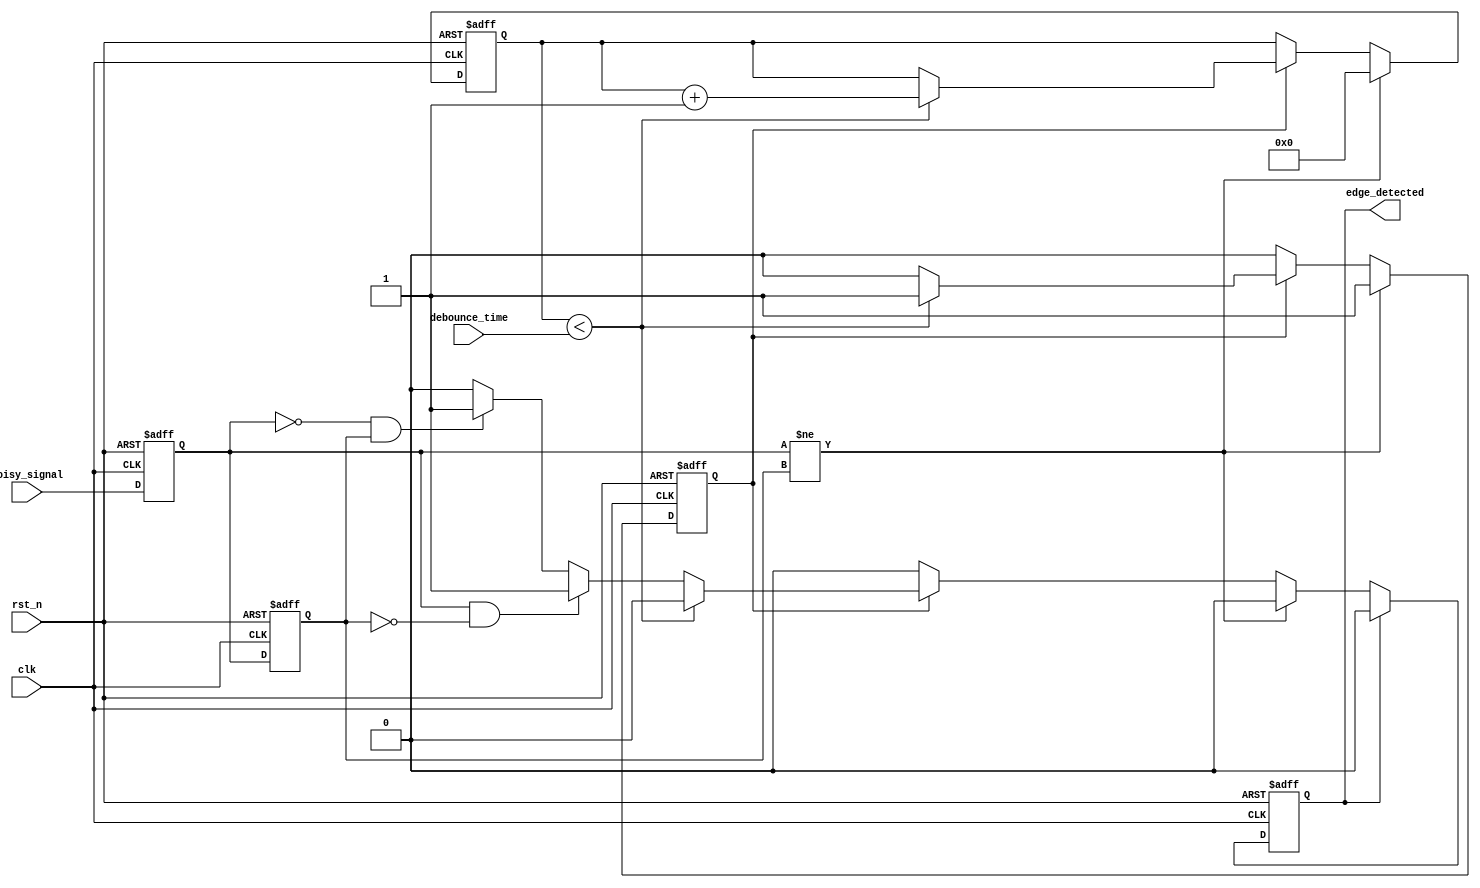
module debounced_edge_detector (
    input wire clk,                // Clock signal
    input wire rst_n,              // Active low reset
    input wire noisy_signal,       // Noisy input signal (e.g., from a mechanical switch)
    input wire [15:0] debounce_time, // Configurable debounce time in clock cycles
    output reg edge_detected       // Output signal indicating a valid edge
);

    // State registers
    reg current_state;             // Current state of the noisy signal
    reg previous_state;            // Previous state of the noisy signal
    reg [15:0] debounce_counter;   // Counter for debounce timing
    reg debounce_active;           // Flag to indicate if debounce is active

    // Edge detection logic
    wire rising_edge = (current_state && !previous_state);
    wire falling_edge = (!current_state && previous_state);

    // State update and debounce logic
    always @(posedge clk or negedge rst_n) begin
        if (!rst_n) begin
            current_state <= 0;
            previous_state <= 0;
            debounce_counter <= 0;
            debounce_active <= 0;
            edge_detected <= 0;
        end else begin
            // Update current state from the noisy signal
            current_state <= noisy_signal;

            // Check for state change
            if (current_state != previous_state) begin
                // Reset debounce counter if state changes
                debounce_counter <= 0;
                debounce_active <= 1; // Start debounce period
            end else if (debounce_active) begin
                // Increment debounce counter if stable
                if (debounce_counter < debounce_time) begin
                    debounce_counter <= debounce_counter + 1;
                end else begin
                    // Debounce period completed
                    debounce_active <= 0;
                    // Register edge detection
                    if (rising_edge) begin
                        edge_detected <= 1; // Rising edge detected
                    end else if (falling_edge) begin
                        edge_detected <= 1; // Falling edge detected
                    end
                end
            end

            // Update previous state at the end of the clock cycle
            previous_state <= current_state;

            // Reset edge_detected after one clock cycle
            if (edge_detected) begin
                edge_detected <= 0; // Reset edge detected signal
            end
        end
    end

endmodule